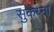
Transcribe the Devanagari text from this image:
सुकय्ना